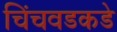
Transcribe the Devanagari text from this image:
चिंचवडकडे